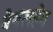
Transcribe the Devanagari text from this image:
बेथलहेम